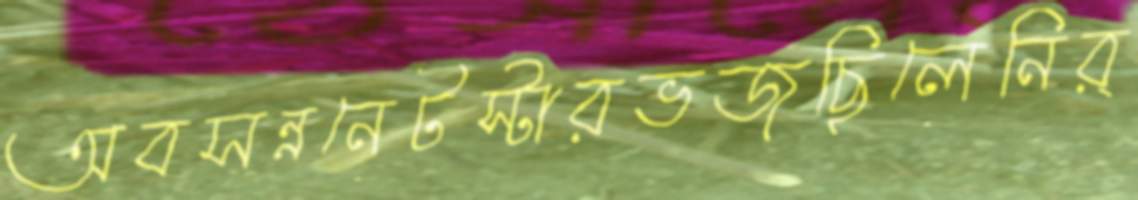
অবসন্ননেটস্টারভজছিলেনির্